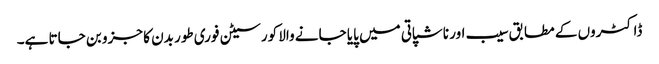
ڈاکٹروں کے مطابق سیب اور ناشپاتی میں پایا جانے والا کورسیٹن فوری طور بدن کا جزو بن جاتا ہے۔